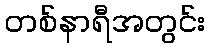
တစ်နာရီအတွင်း